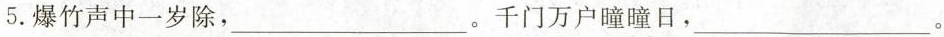
5.爆竹声中一岁除，___。千门万户瞳瞳日，___。